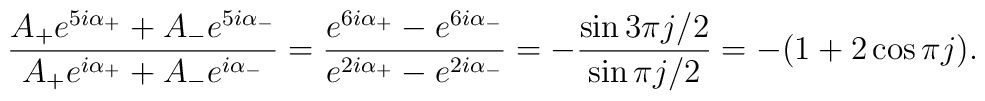
\frac{A_+ e^{5i\alpha_+} + A_-e^{5i\alpha_-}}{A_+ e^{i\alpha_+} + A_-e^{i\alpha_-}} = \frac{e^{6i\alpha_+} - e^{6i\alpha_-}}{e^{2i\alpha_+}-e^{2i\alpha_-}} = -\frac{\sin 3\pi j/2}{\sin \pi j/2} = -(1 + 2 \cos \pi j).